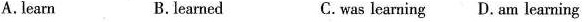
A. learn B.learned C.was learning D. am learning